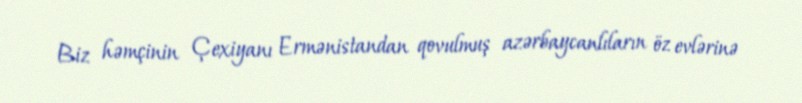
Biz həmçinin Çexiyanı Ermənistandan qovulmuş azərbaycanlıların öz evlərinə